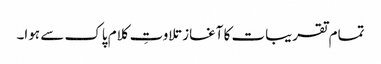
تمام تقریبات کا آغاز تلاوتِ کلام پاک سے ہوا۔